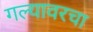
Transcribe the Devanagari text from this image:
गल्यावरचा